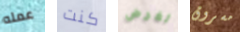
عمله كنت لغرض مسروق